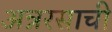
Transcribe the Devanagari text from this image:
अन्नरसाची